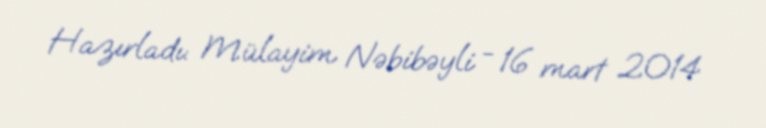
Hazırladı: Mülayim Nəbibəyli - 16 mart 2014